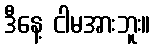
ဒီနေ့ ငါမအားဘူး။